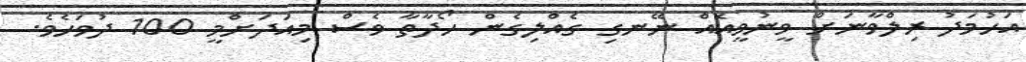
އަހުމަދު ރިލްވާނަށް ވީނުވީއެއް ނޭނގި ގެއްލިގެން ހޯދާތާ ވެސް މިއަދަށްމީ 100 ދުވަހެވެ.